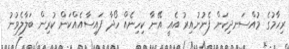
ރިހާމުގެ މުއްސަނދިކަން ފެނުނުއިރު އެއީ އޭނާ ކިހިނެއް ހޯދާ ފައިސާއެއްކަން ކުރިން ބަލާލެވުނު